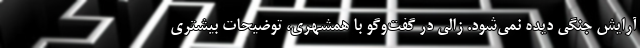
آرایش جنگی دیده نمی‌شود. زالی در گفت‌وگو با همشهری، توضیحات بیشتری